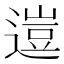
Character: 𨕰